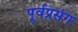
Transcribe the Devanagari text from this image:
पूर्वप्रसंग